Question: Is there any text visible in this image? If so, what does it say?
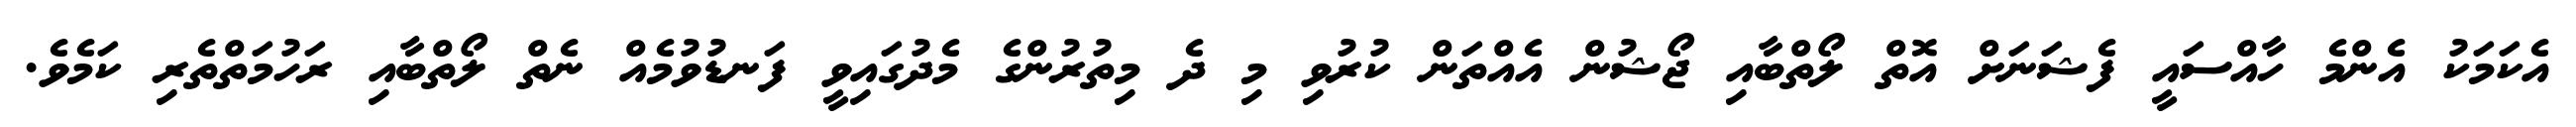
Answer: އެކަމަކު އެންމެ ހާއްސައީ ފެޝަނަށް އޮތް ލޯތްބާއި ޖޯޝުން އެއްތަން ކުރުވި މި ދެ މިތުރުންގެ މެދުގައިވީ ފަނޑުވުމެއް ނެތް ލޯތްބާއި ރަހުމަތްތެރި ކަމެވެ.